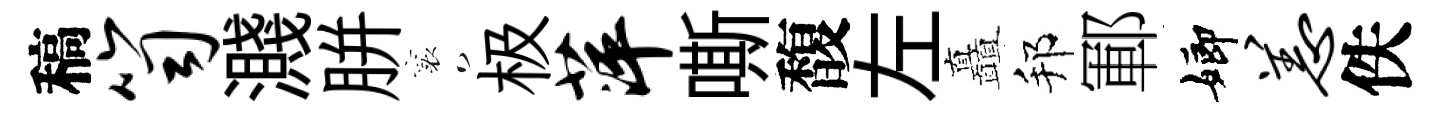
稿笥濺胼襄极萍嘶馥左矗邦鄆嫏恙佚